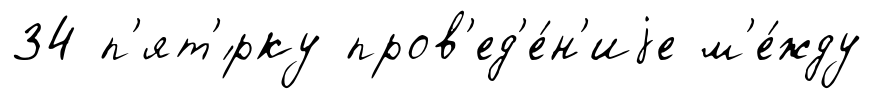
34 п'ят'́рку пров'ед'е́н'иjе м'е́жду